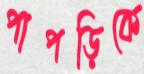
পাপড়িকে